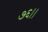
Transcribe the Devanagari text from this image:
७६।।